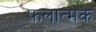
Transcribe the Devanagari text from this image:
फलात्मक